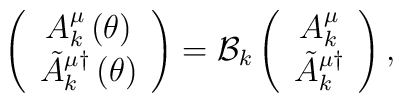
\left( \begin{array}{c}A_{k}^{\mu }\left( \theta \right)  \\ \tilde{A}_{k}^{\mu \dagger }\left( \theta \right) \end{array}\right) ={\cal B}_{k}\left( \begin{array}{c}A_{k}^{\mu } \\ \tilde{A}_{k}^{\mu \dagger }\end{array}\right) ,